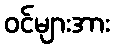
ဝင်များအား